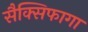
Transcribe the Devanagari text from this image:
सैक्सिफागा